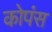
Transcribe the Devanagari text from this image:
कोपंस